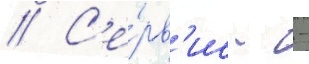
// С'е́рв'ис - -